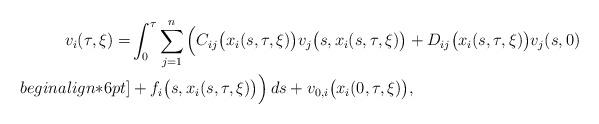
LaTeX: \begin{align*}v_i(\tau, \xi) = & \int_0^\tau \sum_{j=1}^n \Big( C_{ij} \big(x_i(s, \tau, \xi)\big) v_j\big(s, x_i(s, \tau, \xi)\big) + D_{i j}\big(x_i(s, \tau, \xi)\big) v_j(s, 0) \\begin{align*}6pt]& + f_i\big(s, x_i(s, \tau, \xi) \big) \Big) \, ds + v_{0, i} \big(x_i(0, \tau, \xi) \big), \end{align*}